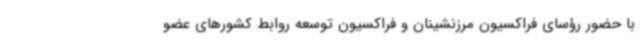
با حضور رؤسای فراکسیون مرزنشینان و فراکسیون توسعه روابط کشورهای عضو